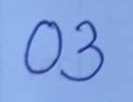
03